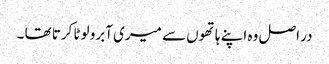
در اصل وہ اپنے ہاتھوں سے میری آبرو لوٹا کرتا تھا ۔